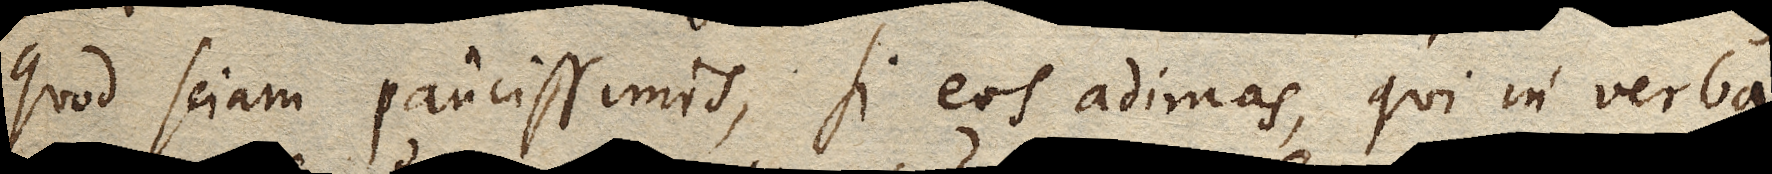
quod sciam paucissimis, si eos adimas, qui in verba